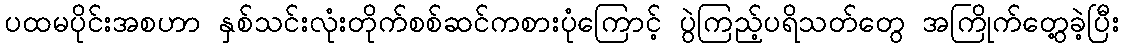
ပထမပိုင်းအစဟာ နှစ်သင်းလုံးတိုက်စစ်ဆင်ကစားပုံကြောင့် ပွဲကြည့်ပရိသတ်တွေ အကြိုက်တွေ့ခဲ့ပြီး